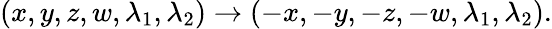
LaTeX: (x,y,z,w,\lambda_{1},\lambda_{2})\to(-x,-y,-z,-w,\lambda_{1},\lambda_{2}).